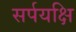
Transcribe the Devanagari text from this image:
सर्पयक्षि